Medical and sanitary report of the native army of Madras for the year
Year: 1878
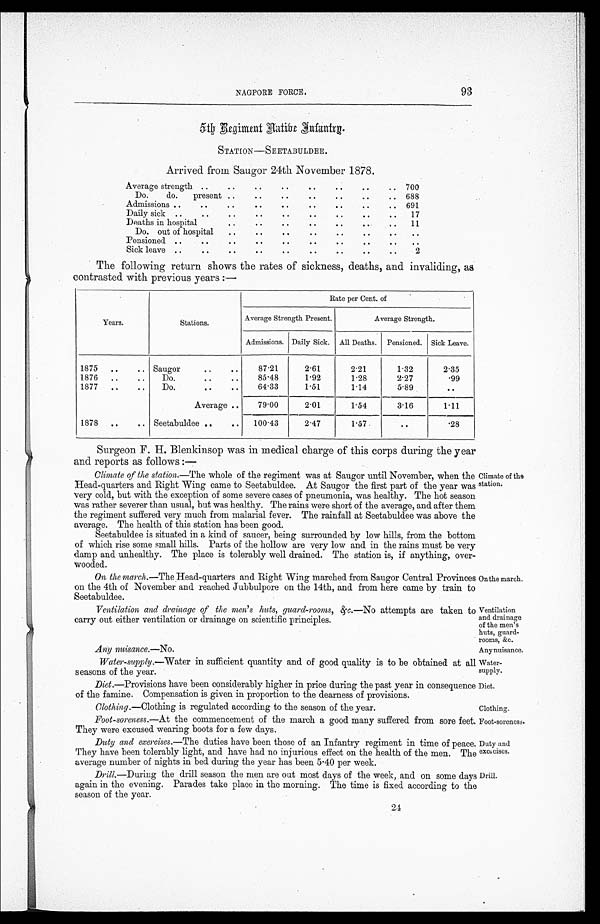
NAGPORE FORCE.
93
5th Regiment Native Infantry.
STATION—SEETABULDEE.
Arrived from Saugor 24th November 1878.
Average strength
. .
..
. .
. .
. .
. .
. .
. . 700
Do.
do. present ..
. .
. .
. .
. .
. .
.. 688
Admissions ..
..
..
. .
. .
. .
. .
. .
.. 691
Daily sick ..
..
. .
. .
. .
. .
. .
. . .. 17
Deaths in hospital
..
. .
. .
..
. .
. .
. . 11
Do. out of hospital
. .
. .
. .
. .
. .
. .
. .
. .
Pensioned ..
..
..
. .
. .
. .
. .
. .
. .
. .
Sick leave ..
. .
..
..
..
..
..
. .
. . 2
The following return shows the rates of sickness, deaths, and invaliding, as
contrasted with previous years
:—
Years.
Stations.
Rate per Cent. of
Average Strength Present.
Average Strength.
Admissions. Daily Sick. All Deaths. Pensioned. Sick Leave.
1875 ..
.. Saugor
. .
. .
87.21
2.61
2.21
1.32
2.35
1876 ..
..
Do.
..
. .
85.48
1.92
1.28
2.27
.99
1877 ..
..
Do.
. .
. .
64.33
1.51
1.14
5.89
..
Average ..
79.00
2.01
1.54
3.16
1.11
1878 ..
.. Seetabuldee ..
.. 100.43
2.47
1.57
..
.28
Surgeon F. H. Blenkinsop was in medical charge of this corps during the year
and reports as follows :—
Climate of the station .—The whole of the regiment was at Saugor until November, when the
Head-quarters and Right Wing came to Seetabuldee. At Saugor the first part of the year was
very cold, but with the exception of some severe cases of pneumonia, was healthy. The hot season
was rather severer than usual, but was healthy. The rains were short of the average, and after them
the regiment suffered very much from malarial fever. The rainfall at Seetabuldee was above the
average. The health of this station has been good.
Seetabuldee is situated in a kind of saucer, being surrounded by low hills, from the bottom
of which rise some small hills. Parts of the hollow are very low and in the rains must be very
damp and unhealthy. The place is tolerably well drained. The station is, if anything, over-
wooded.
On the march .—The Head-quarters and Right Wing marched from Saugor Central Provinces
on the 4th of November and reached Jubbulpore on the 14th, and from here came by train to
Seetabuldee.
Ventilation, and drainage of the men's huts, guard-rooms, &c .—No attempts are taken to
carry out either ventilation or drainage on scientific principles.
Any nuisance. —No.
Water-supply.—Water in sufficient quantity and of good quality is to be obtained at all
seasons of the year.
Diet .—Provisions have been considerably higher in price during the past year in consequence
of the famine. Compensation is given in proportion to the dearness of provisions.
Clothing.—Clothing is regulated according to the season of the year.
Foot-soreness.— At the commencement of the march a good many suffered from sore feet.
They were excused wearing boots for a few days.
Duty and exercises. —The duties have been those of an Infantry regiment in time of peace.
They have been tolerably light, and have had no injurious effect on the health of the men. The
average number of nights in bed during the year has been 5.40 per week.
Drill.—During the drill season the men are out most days of the week, and on some days
again in the evening. Parades take place in the morning. The time is fixed according to the
season of the year.
24
Climate of the
station,
Onthe march.
Ventilation
and drainage
of the men's
huts, guard-
rooms, &c.
Any nuisance.
Water-
supply.
Diet.
Clothing.
Foot-soreness.
Duty and
exci ciscs.
Drill.